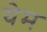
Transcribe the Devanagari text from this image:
येम